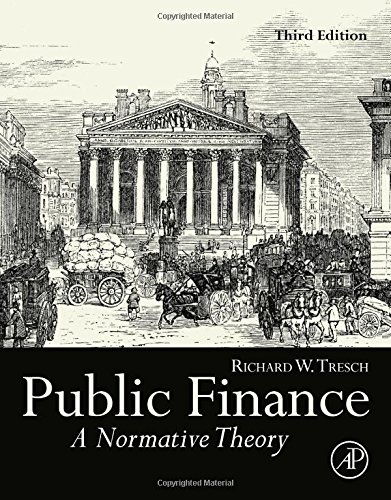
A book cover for Public Finance, Third Edition: A Normative Theory; Richard W. Tresch; Business & Money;